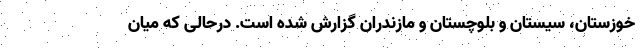
خوزستان، سیستان و بلوچستان و مازندران گزارش شده است. درحالی که میان